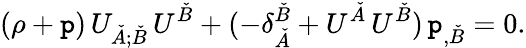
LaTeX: (\rho+\mathtt{p})\, U_{\check{{A}};\check{{B}}}\, U^{\check{{B}}}+(-\delta_{\check{{A}}}^{\check{{B}}}+U^{\check{{A}}}\, U^{\check{{B}}})\, \mathtt{p}_{,\check{{B}}}=0.